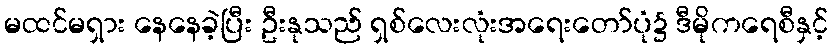
မထင်မရှား နေနေခဲ့ပြီး ဦးနုသည် ရှစ်လေးလုံးအရေးတော်ပုံ၌ ဒီမိုကရေစီနှင့်